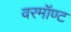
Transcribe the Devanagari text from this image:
वरमॉण्ट